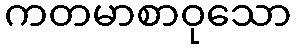
ကတမာစာဝုသော